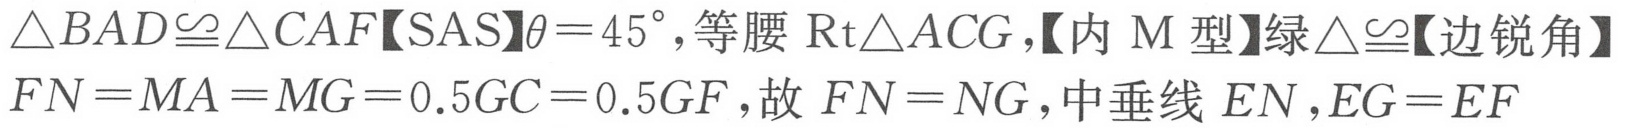
$\triangle BAD\cong\triangle CAF【SAS】\theta = 45^{\circ},等腰\ \text{Rt}\triangle ACG,【内\ M\ 型】绿\triangle\cong【边锐角】\\ FN = MA = MG = 0.5GC = 0.5GF,故\ FN = NG,中垂线\ EN,EG = EF$